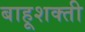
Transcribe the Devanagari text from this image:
बाहूशक्ती